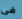
فى